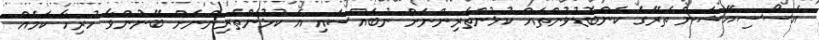
އެސޯސިއޭޝަން ތެރޭގެ ކަންބޮޑުވުންތައް ކުޅުންތެރިންނަށް ނުބައްސައި އެ ކުޅުންތެރިންނަށް ބޭނުންވާ ހުރިހާ ކަމެއް